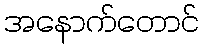
အနောက်တောင်